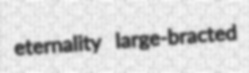
eternality large-bracted